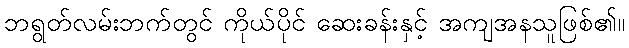
ဘရွတ်လမ်းဘက်တွင် ကိုယ်ပိုင် ဆေးခန်းနှင့် အကျအနသူဖြစ်၏။